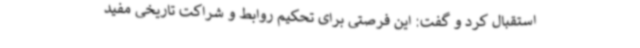
استقبال کرد و گفت: این فرصتی برای تحکیم روابط و شراکت تاریخی مفید